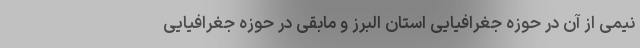
نیمی از آن در حوزه جغرافیایی استان البرز و مابقی در حوزه جغرافیایی